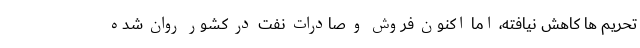
تحریم ها کاهش نیافته، اما اکنون فروش و صادرات نفت در کشور روان شده